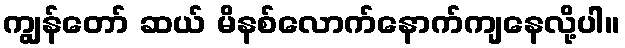
ကျွန်တော် ဆယ် မိနစ်လောက်နောက်ကျနေလို့ပါ။